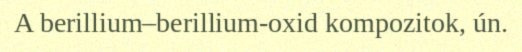
A berillium–berillium-oxid kompozitok, ún.